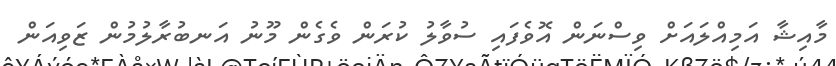
މާއިޝާ އަމިއްލައަށް ވިސްނަން އޮވެފައި ސުވާލު ކުރަން ވެގެން މޫނު އަނބުރާލުމުން ޒަވިއަން